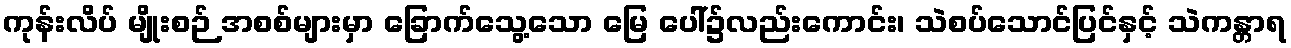
ကုန်းလိပ် မျိုးစဉ် အစစ်များမှာ ခြောက်သွေ့သော မြေ ပေါ်၌လည်းကောင်း၊ သဲစပ်သောင်ပြင်နှင့် သဲကန္တာရ